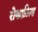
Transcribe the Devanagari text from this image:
रोकफ़ील्ड